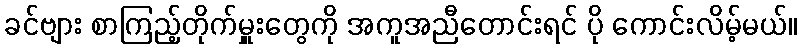
ခင်ဗျား စာကြည့်တိုက်မှူးတွေကို အကူအညီတောင်းရင် ပို ကောင်းလိမ့်မယ်။